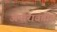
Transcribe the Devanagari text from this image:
अमारावतीचे